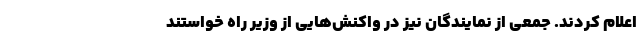
اعلام کردند. جمعی از نمایندگان نیز در واکنش‌هایی از وزیر راه خواستند